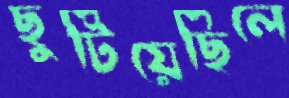
ছুটিয়েছিলে